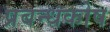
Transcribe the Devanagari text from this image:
प्रबन्धकोष